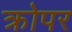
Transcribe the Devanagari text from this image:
क्रोपर